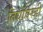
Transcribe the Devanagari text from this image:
तिघांवरही